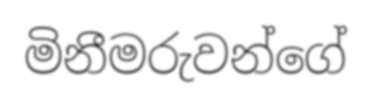
මිනීමරුවන්ගේ